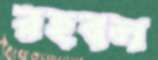
রহবল